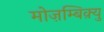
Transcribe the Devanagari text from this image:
मोज़म्बिक़्यु